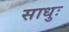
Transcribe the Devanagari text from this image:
साधुः